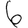
Digit: 6